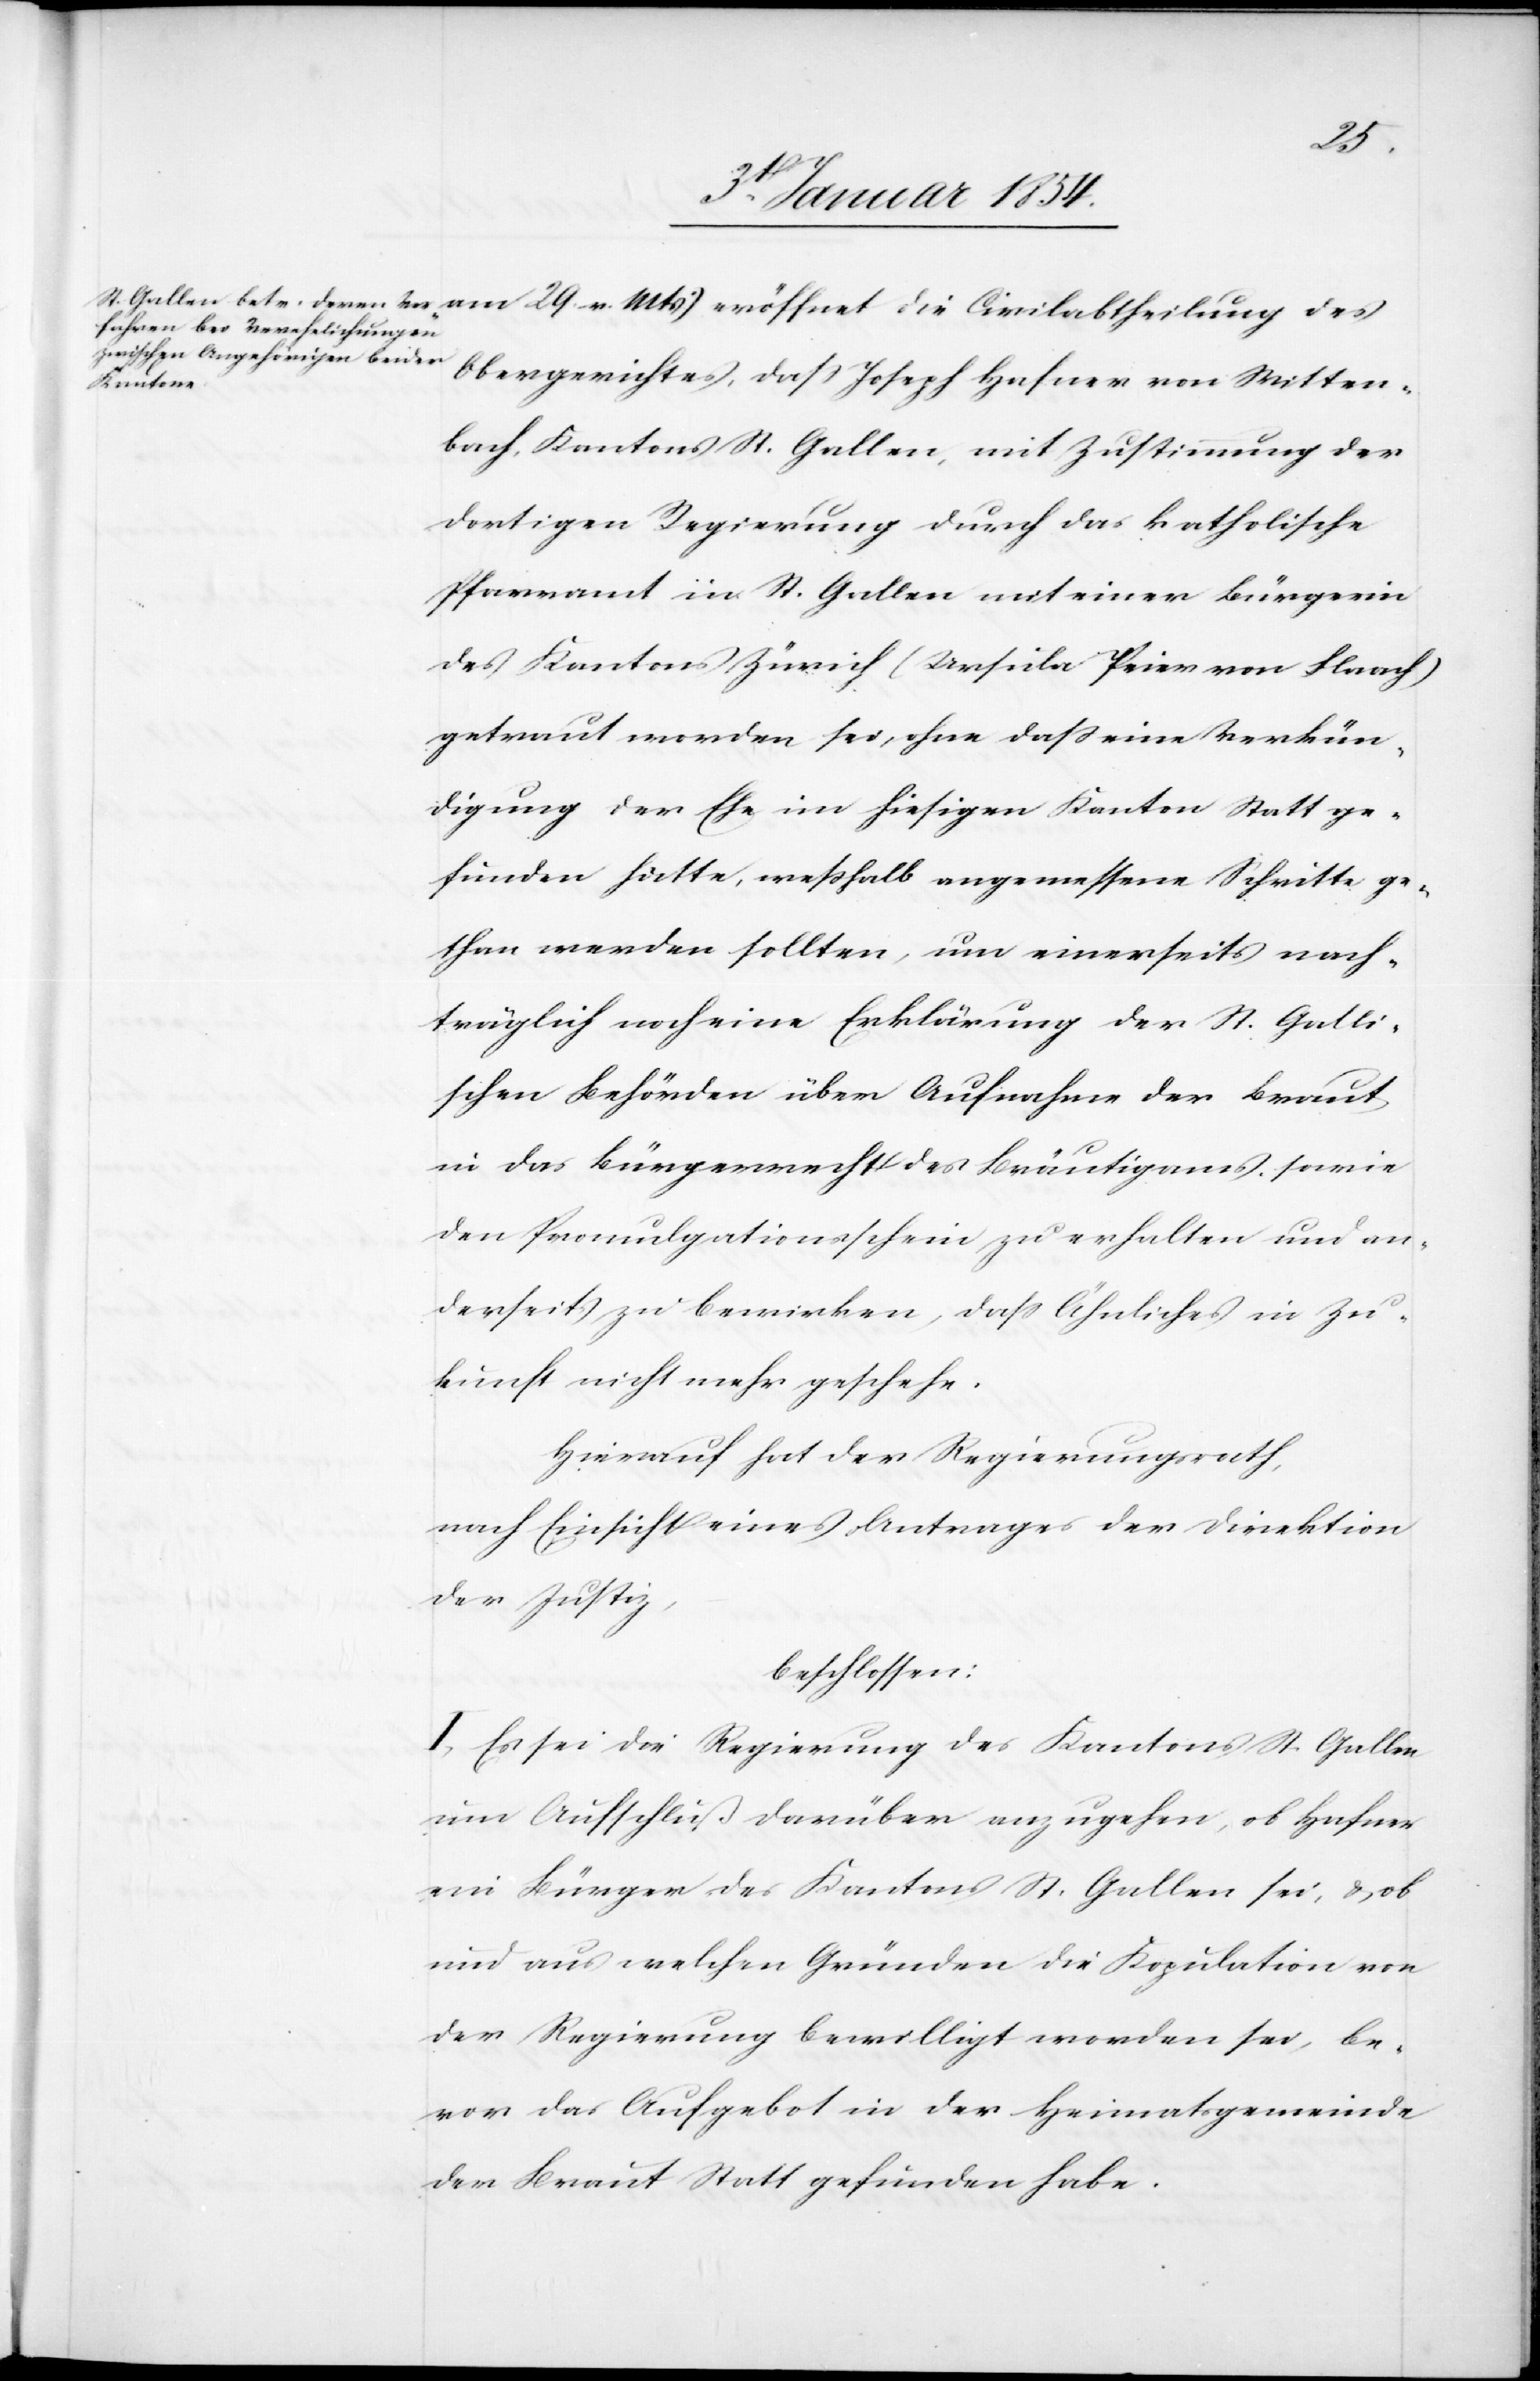
des
Obergerichtes, daß Joseph Hafner von Witten¬
bach, Kantons St. Gallen, mit Zustimmung der
dortigen Regierung durch das katholische
Pfarramt in St. Gallen mit einer Bürgerin
des Kantons Zürich (Ursula Peier von Flaach)
getraut worden sei, ohne daß eine Verkün¬
digung der Ehe im hiesigen Kanton Statt ge¬
funden hätte, weßhalb angemessene Schritte ge¬
than werden sollten, um einerseits nach¬
träglich noch eine Erklärung der St. Galli¬
schen Behörden über Aufnahme der Braut
in das Bürgerrecht des Bräutigams, sowie
den Promulgationsschein zu erhalten und an¬
derseits zu bewirken, daß Ähnliches in Zu¬
kunft nicht mehr geschehe.
Hierauf hat der Regierungsrath,
nach Einsicht eines Antrages der Direktion
der Justiz,
beschlossen:
I. Es sei die Regierung des Kantons St. Gallen
um Aufschluß darüber anzugehen, ob Hafner
ein Bürger des Kantons St. Gallen sei, &, ob
und aus welchen Gründen die Kopulation von
der Regierung bewilligt worden sei, be¬
vor das Aufgebot in der Heimatsgemeinde
der Braut Statt gefunden habe.